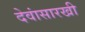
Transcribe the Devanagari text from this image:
देवांसारखी